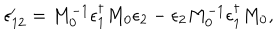
LaTeX: \epsilon _ { 1 2 } ^ { \prime } = M _ { 0 } ^ { - 1 } \epsilon _ { 1 } ^ { \dagger } M _ { 0 } \epsilon _ { 2 } - \epsilon _ { 2 } M _ { 0 } ^ { - 1 } \epsilon _ { 1 } ^ { \dagger } M _ { 0 } ,